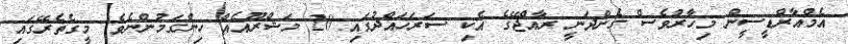
އެމްއާރްޑީސީން މިހާރުވެސް ގެންދަނީ ރާއްޖޭގެ އެކި ސަރަހައްދުގައި 20 މަޝްރޫއެއް ހިންގަމުންނެވެ. މީގެތެރޭގައި